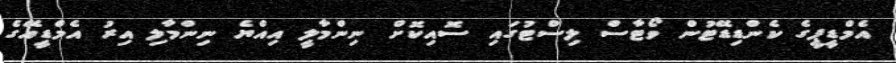
އެމްޑީޕީގެ ކެންޑިޑޭޓުން ވޯޓާސް ލިސްޓުގައި ސޮއިކޮށް ނިންމާލީ އިއްޔެ ނިންމާލި އިރު އެމްޑީއޭގެ